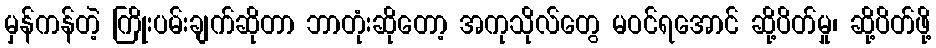
မှန်ကန်တဲ့ ကြိုးပမ်းချက်ဆိုတာ ဘာတုံးဆိုတော့ အကုသိုလ်တွေ မဝင်ရအောင် ဆို့ပိတ်မှု၊ ဆို့ပိတ်ဖို့